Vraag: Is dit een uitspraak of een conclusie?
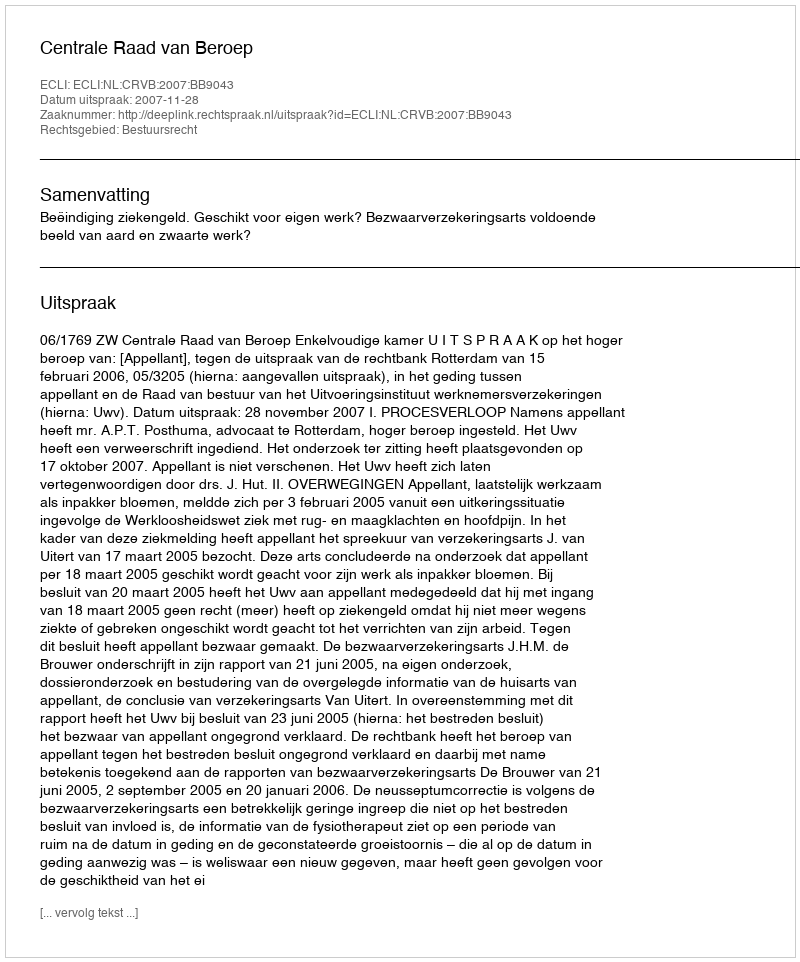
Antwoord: Uitspraak